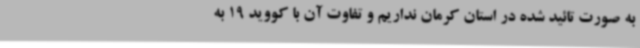
به صورت تائید شده در استان کرمان نداریم و تفاوت آن با کووید 19 به